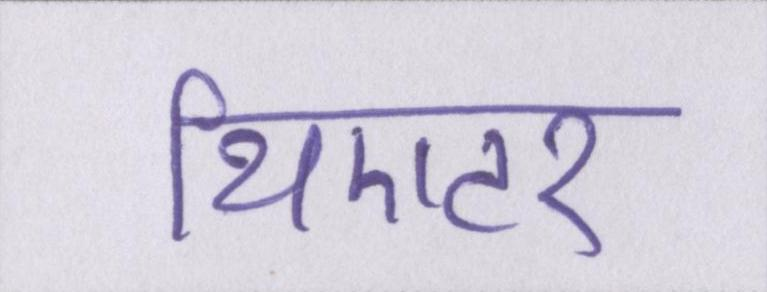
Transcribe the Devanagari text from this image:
थिएटर